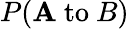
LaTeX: P(\mathbf{A}{\mathrm{{~to~}}}B)